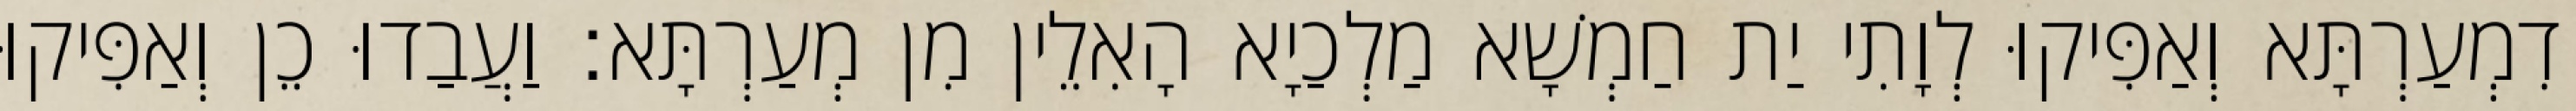
דִמְעַרְתָּא וְאַפִּיקוּ לְוָתִי יַת חַמְשָׁא מַלְכַיָא הָאִלֵין מִן מְעַרְתָּא׃ וַעֲבַדוּ כֵן וְאַפִּיקוּ